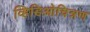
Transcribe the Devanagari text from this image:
व्हिडिओचित्रण